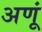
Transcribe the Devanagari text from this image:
अणूं